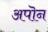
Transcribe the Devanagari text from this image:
अपॊन